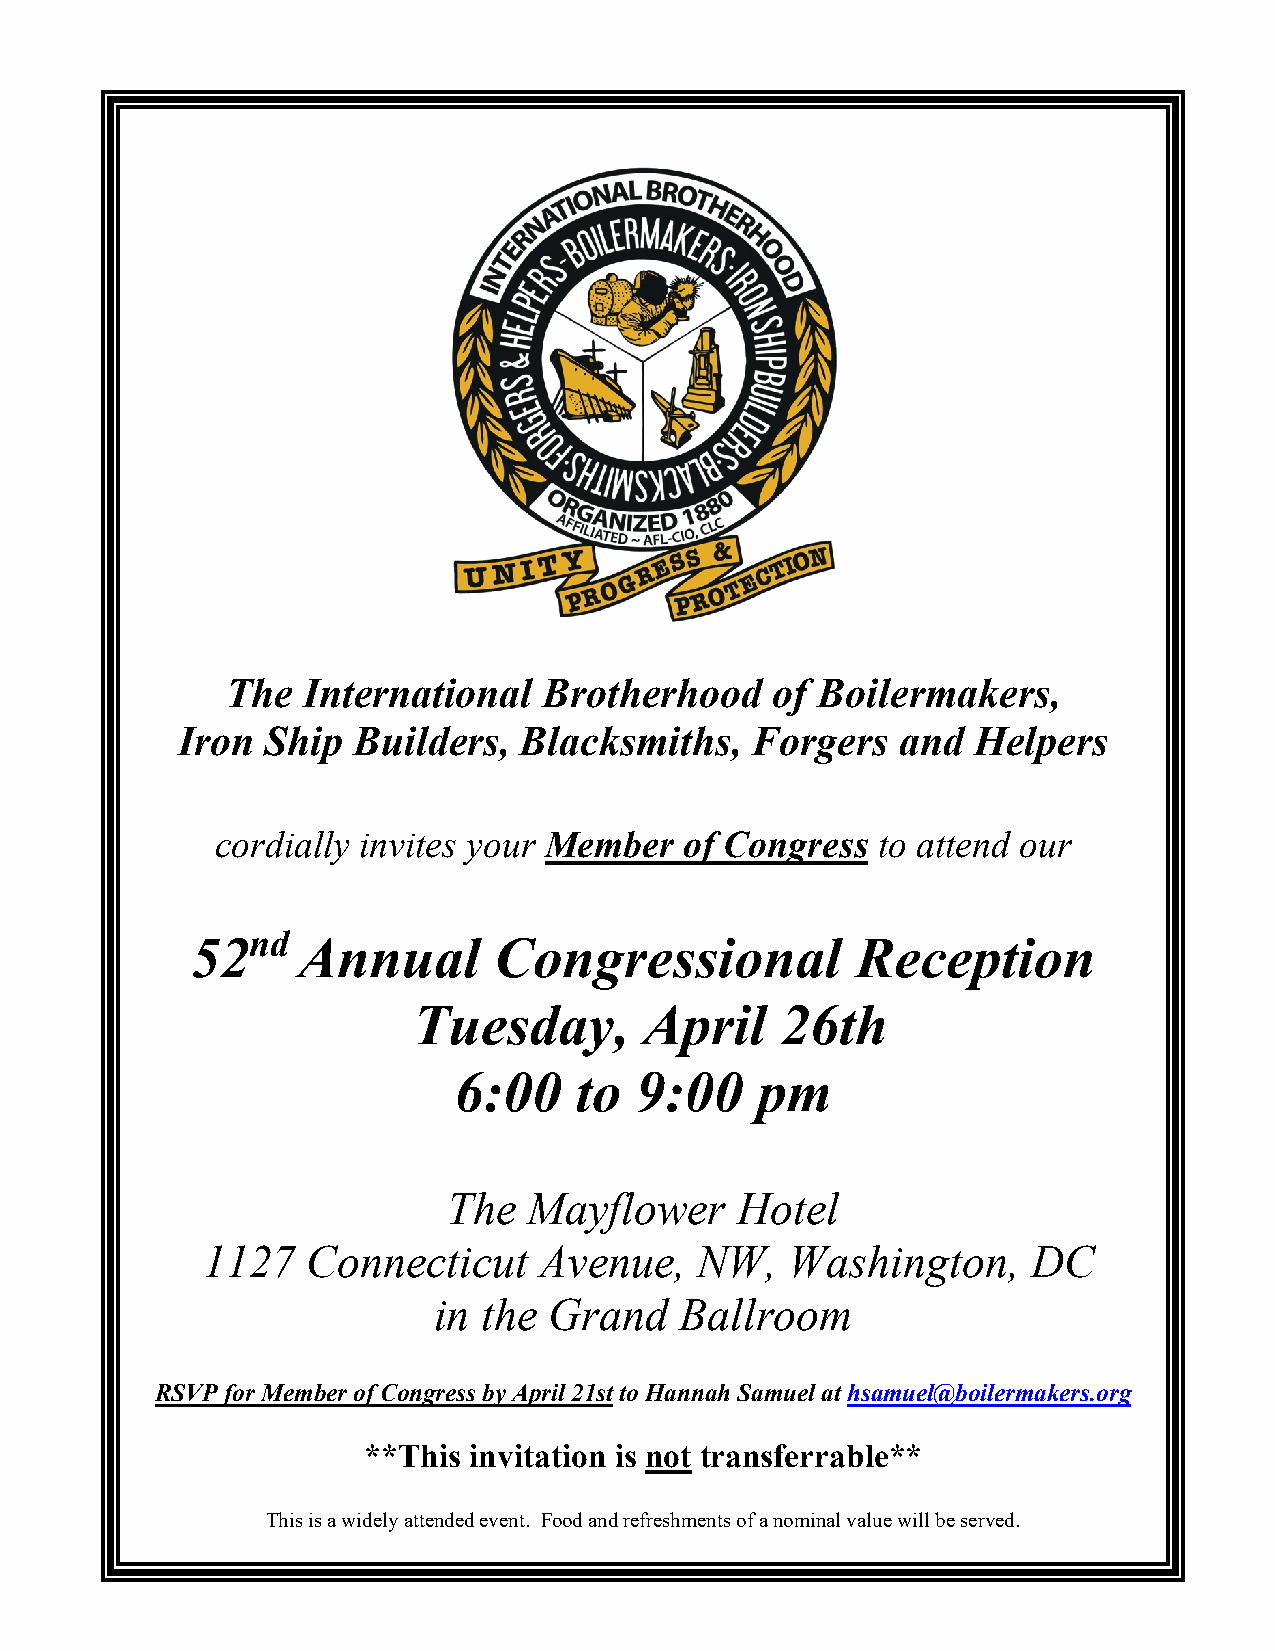
The  International   Brotherhood    of Boilermakers,
 Iron  Ship Builders,  Blacksmiths,    Forgers   and Helpers
 cordially invites your Member  of Congress  to attend our
 nd
 52     Annual       Congressional           Reception
 Tuesday,        April    26th
 6:00    to  9:00    pm
 The  Mayflower     Hotel
 1127   Connecticut     Avenue,   NW,   Washington,     DC
 in the Grand    Ballroom
 RSVP for Member of Congress by April 21st to Hannah Samuel at hsamuel@boilermakers.org
 **This invitation is not transferrable**
 This is a widely attended event. Food and refreshments of a nominal value will be served.